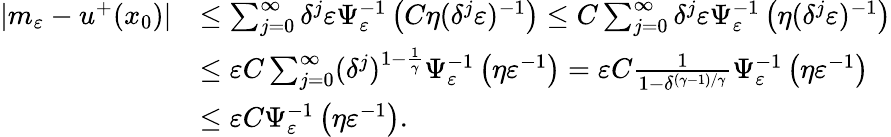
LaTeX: \begin{array}{rl}{|m_{\varepsilon}-u^{+}(x_{0})|}&{\leq\sum_{j=0}^{\infty}\delta^{j}\varepsilon\Psi_{\varepsilon}^{-1}\left(C\eta(\delta^{j}\varepsilon)^{-1}\right)\leq C\sum_{j=0}^{\infty}\delta^{j}\varepsilon\Psi_{\varepsilon}^{-1}\left(\eta(\delta^{j}\varepsilon)^{-1}\right)}\\ &{\leq\varepsilon C\sum_{j=0}^{\infty}(\delta^{j})^{1-\frac{1}{\gamma}}\Psi_{\varepsilon}^{-1}\left(\eta\varepsilon^{-1}\right)=\varepsilon C\frac{1}{1-\delta^{(\gamma-1)/\gamma}}\Psi_{\varepsilon}^{-1}\left(\eta\varepsilon^{-1}\right)}\\ &{\leq\varepsilon C\Psi_{\varepsilon}^{-1}\left(\eta\varepsilon^{-1}\right).}\end{array}